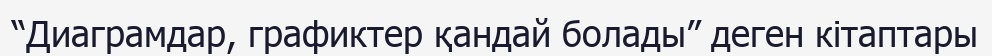
“Диаграмдар, графиктер қандай болады” деген кітаптары